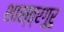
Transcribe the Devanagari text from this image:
शास्त्रगुरु